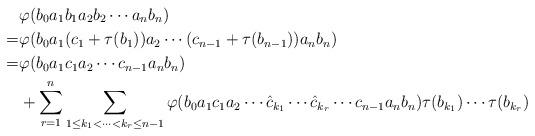
LaTeX: \begin{align*}&\varphi(b_0a_1b_1a_2b_2\cdots a_nb_n)\\=&\varphi(b_0a_1(c_1+\tau(b_1))a_2\cdots (c_{n-1}+\tau(b_{n-1}))a_nb_n)\\=&\varphi(b_0a_1c_1a_2\cdots c_{n-1}a_nb_n)\\&+\sum_{r=1}^n\sum_{1\leq k_1<\cdots<k_r\leq n-1}\varphi(b_0a_1c_1a_2\cdots \hat{c}_{k_1}\cdots \hat{c}_{k_r}\cdots c_{n-1}a_nb_n)\tau(b_{k_1})\cdots\tau(b_{k_r})\end{align*}